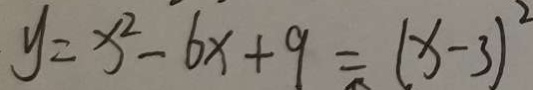
y = x ^ { 2 } - 6 x + 9 = ( x - 3 ) ^ { 2 }